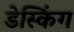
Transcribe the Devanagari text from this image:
डेस्किंग